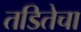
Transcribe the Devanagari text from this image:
तडितेचा